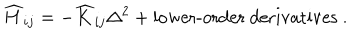
LaTeX: \widehat { H } _ { i j } = - \widehat { K } _ { i j } \Delta ^ { 2 } + \mathrm { l o w e r - o r d e r ~ d e r i v a t i v e s ~ } .